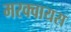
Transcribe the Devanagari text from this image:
मरक्वायस